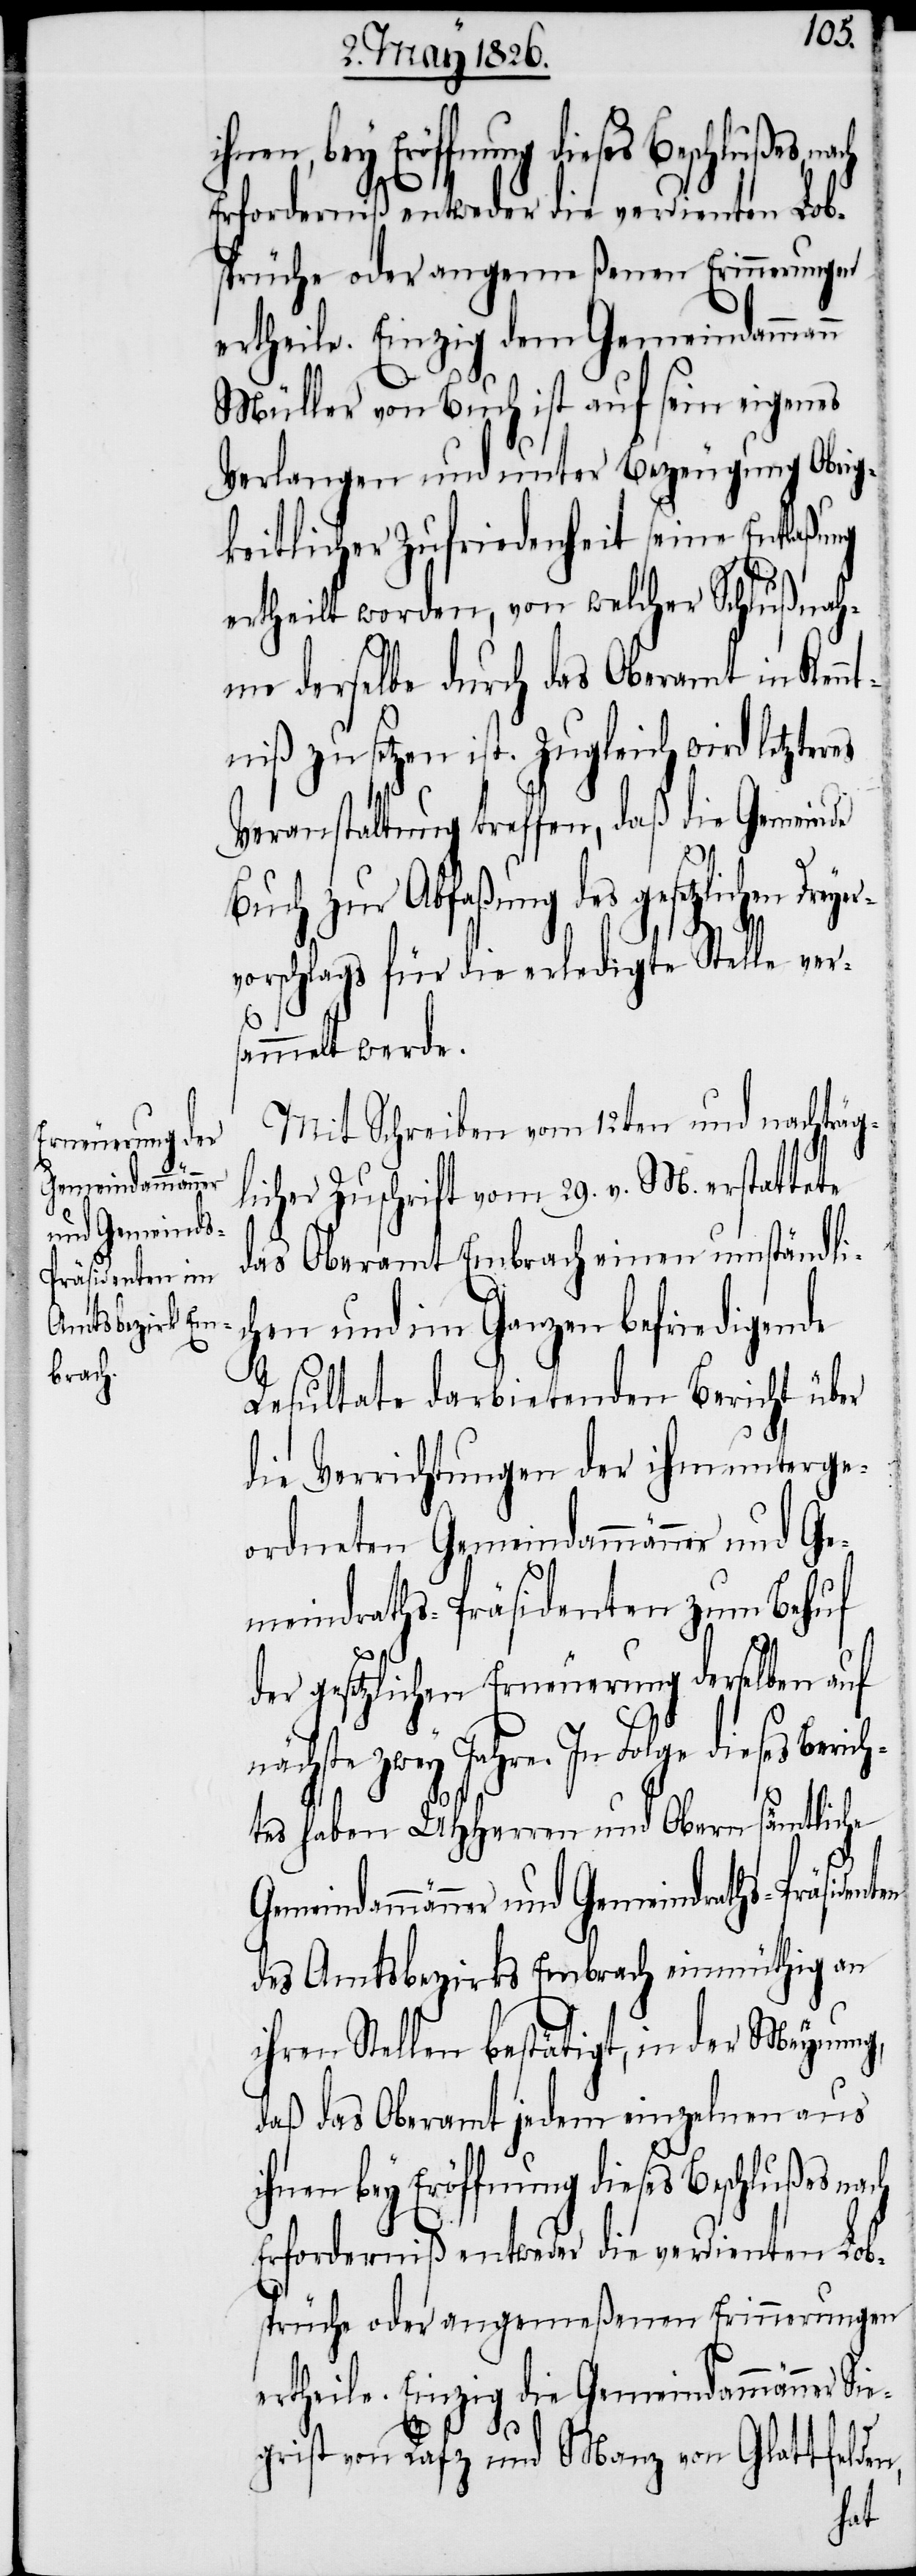
Gemeindammänner
und Gemeind¬
räsidenten

Erforderniß entweder die verdienten Lob¬
sprüche oder angemeßenen Erinnerungen
ertheile. Einzig die Gemeindammän¬
Müller von Buch ist auf sein eigenes
Verlangen und unter Bezeugung Obrig¬
keitlicher Zufriedenheit seine Entlaßung
ertheilt worden, von welcher Schlußnah¬
me derselbe durch das Oberamt in Ken¬
ntniß zu setzen ist. Zugleich wird letzter¬
Veranstaltung treffen, daß die Gemeinde
Buch zur Abfaßung des gesetzlichen
vorschlags für die erledigte Stelle ver¬
sammelt werde.
Mit Schreiben vom 12ten und nachträg¬
licher Zuschrift vom 29. v. M. erstattete
das Oberamt Embrach einen umständli¬
chen und im Ganzen befriedigende
n,
Resultate darbietenden Bericht über
die Verrichtungen der ihm unterge¬
ordneten Gemeindammänner und Ge¬
meindraths-Präsidenten zum Behuf
ner Sie¬
der gesetzlichen Erneuerung derselben auf
nächste zwey Jahre. In Folge dieses Berich¬
sämtliche
tes haben UHHerren und Obern
des Amtsbezirks Embrach einmüthig an
ihren Stellen bestätigt, in der Meynung,
daß das Oberamt jedem einzelnen aus
ihnen bey Eröffnung dieses Beschlußes nach
grist von Rafz und Manz von Glattfelde¬